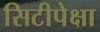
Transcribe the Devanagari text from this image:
सिटीपेक्षा